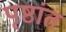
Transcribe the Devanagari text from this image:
पृष्ठांत